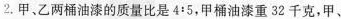
2.甲、乙两桶油漆的质量比是4:5，甲桶油漆重32千克，甲、